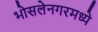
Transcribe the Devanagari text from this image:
भोसलेनगरमध्ये